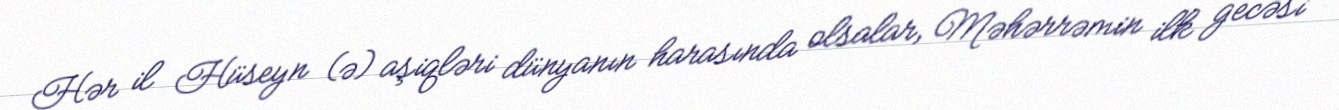
Hər il Hüseyn (ə) aşiqləri dünyanın harasında olsalar, Məhərrəmin ilk gecəsi